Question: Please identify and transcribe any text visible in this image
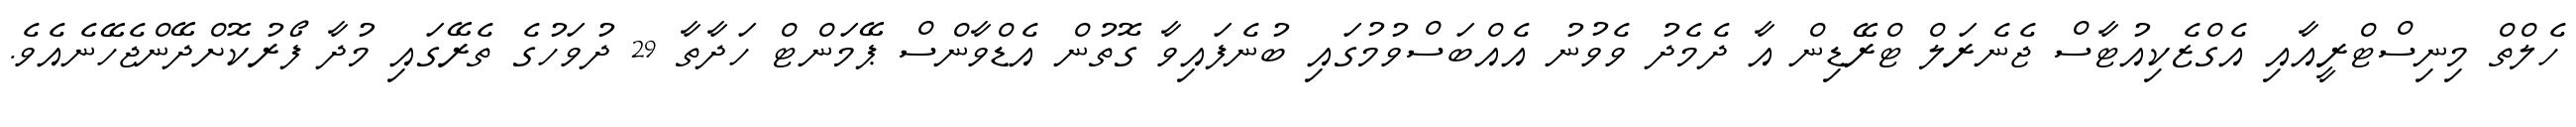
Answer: ހެލްތް މިނިސްޓްރީއާއި އެގްޒެކިއުޓާސް ޖެނެރަލް ޓްރޭޑިން އާ ދެމެދު ވެވުނު އެއްބަސްވުމުގައި ބުނެފައިވާ ގޮތުން އެޑްވާންސް ޕޭމަންޓް ހަދާތާ 29 ދުވަހުގެ ތެރޭގައި މުދާ ފޯރުކޮށްދޭންޖެހޭނެއެވެ.